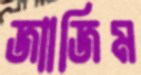
জাাজিম